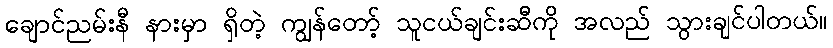
ချောင်ညမ်းနီ နားမှာ ရှိတဲ့ ကျွန်တော့် သူငယ်ချင်းဆီကို အလည် သွားချင်ပါတယ်။